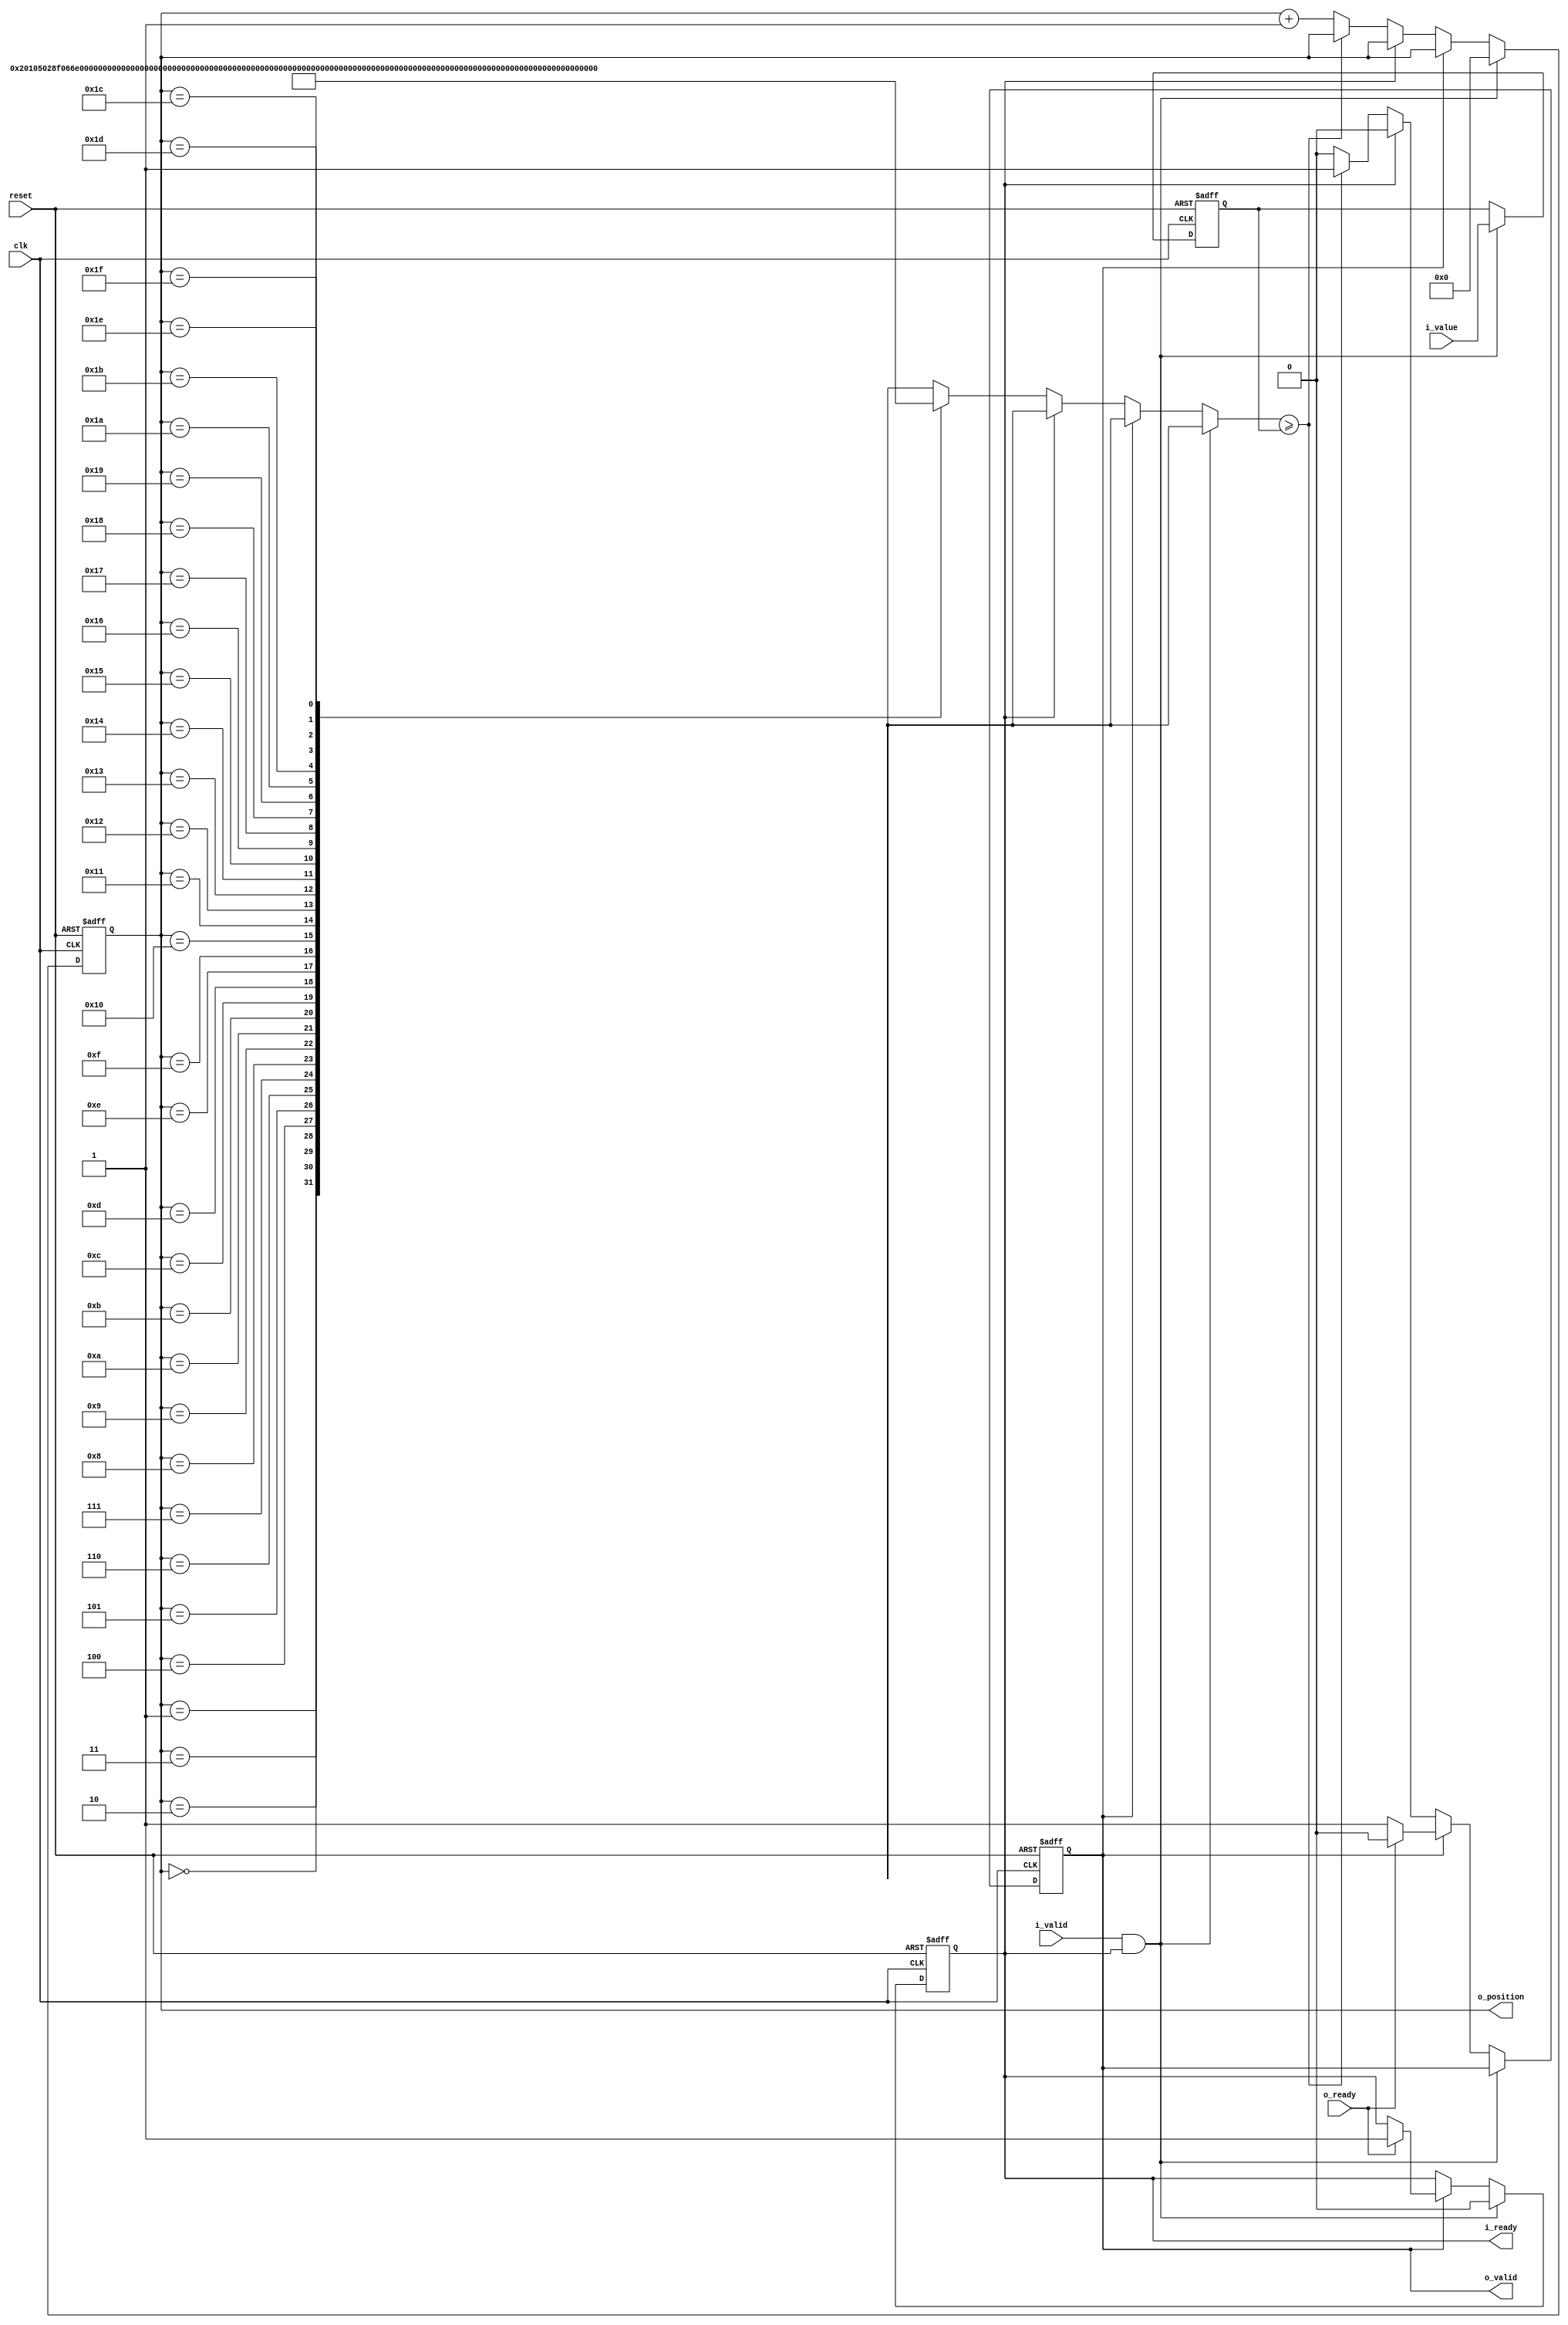
`default_nettype none

module pcm_to_position(
    input wire reset,
    input wire clk,
    input wire i_valid,
    output reg i_ready,
    input wire [15:0] i_value,
    output reg o_valid,
    input wire o_ready,
    output wire [4:0] o_position);

    reg [15:0] data;
    reg [4:0] index;
    assign o_position = index;

    wire [15:0] values[0:31];   /* synthesis syn_romstyle = "select_rom" */
    assign values[0] = 16'd2;
    assign values[1] = 16'd261;
    assign values[2] = 16'd655;
    assign values[3] = 16'd1646;
    assign values[4] = 16'd2609;
    assign values[5] = 16'd4135;
    assign values[6] = 16'd6554;
    assign values[7] = 16'd8250;
    assign values[8] = 16'd10387;
    assign values[9] = 16'd13076;
    assign values[10] = 16'd16462;
    assign values[11] = 16'd20724;
    assign values[12] = 16'd23253;
    assign values[13] = 16'd26090;
    assign values[14] = 16'd29273;
    assign values[15] = 16'd32845;
    assign values[16] = 16'd36853;
    assign values[17] = 16'd41350;
    assign values[18] = 16'd43800;
    assign values[19] = 16'd46395;
    assign values[20] = 16'd49144;
    assign values[21] = 16'd50579;
    assign values[22] = 16'd52056;
    assign values[23] = 16'd53576;
    assign values[24] = 16'd55141;
    assign values[25] = 16'd56751;
    assign values[26] = 16'd58408;
    assign values[27] = 16'd59769;
    assign values[28] = 16'd61161;
    assign values[29] = 16'd62585;
    assign values[30] = 16'd64043;
    assign values[31] = 16'd65535;	

    always @(posedge clk or posedge reset) begin
        if (reset) begin
            data <= 0;
            index <= 0;
            i_ready <= 1'b1;
            o_valid <= 1'b0;

        end else if (i_valid && i_ready) begin
            data <= i_value;
            index <= 0;
            i_ready <= 1'b0;
        end else if (o_valid) begin
            if (o_ready) begin
                o_valid <= 1'b0;
                i_ready <= 1'b1;
            end
        end else if (!i_ready)
            if (values[index] >= data)
                o_valid <= 1'b1;
            else
                index <= index + 1'b1;
    end
endmodule